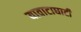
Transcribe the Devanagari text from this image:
यावाटाघाटी